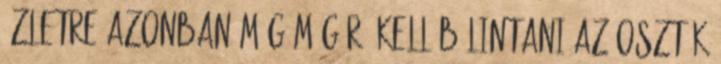
üzletre azonban még még rá kell bólintani az oszták